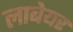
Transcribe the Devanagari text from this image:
लाबेयर